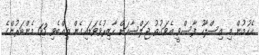
އެހުމުން މި އިސްލާހު ފާސްވީ އެވަގުތު ޖަލްސާއަށް ހާޒިރުވެވަޑައިގެން ތިއްބެވި 63 މެންބަރުންގެ